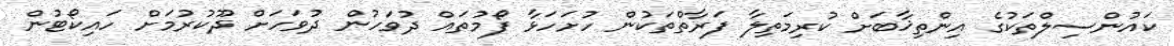
ކައުންސިލްތަކުގެ އިންތިޚާބަށް ކުރިމަތިލާ ފަރާތްތަކުން ހުށަހަޅާ ފޯމުތައް ދުވަހުން ދުވަހަށް ދޫކުރުމަށް ހައިކޯޓުން